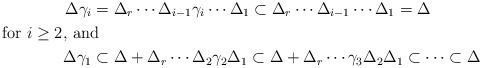
LaTeX: \begin{align*}\Delta\gamma_i&=\Delta_r\dotsm\Delta_{i-1}\gamma_i\dotsm\Delta_1\subset\Delta_r\dotsm\Delta_{i-1}\dotsm\Delta_1=\Delta\shortintertext{for $i\ge2$, and}\Delta\gamma_1&\subset\Delta+\Delta_r\dotsm\Delta_2\gamma_2\Delta_1\subset\Delta+\Delta_r\dotsm\gamma_3\Delta_2\Delta_1\subset\dots\subset\Delta\end{align*}